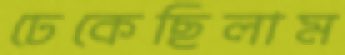
ঢেকেছিলাম